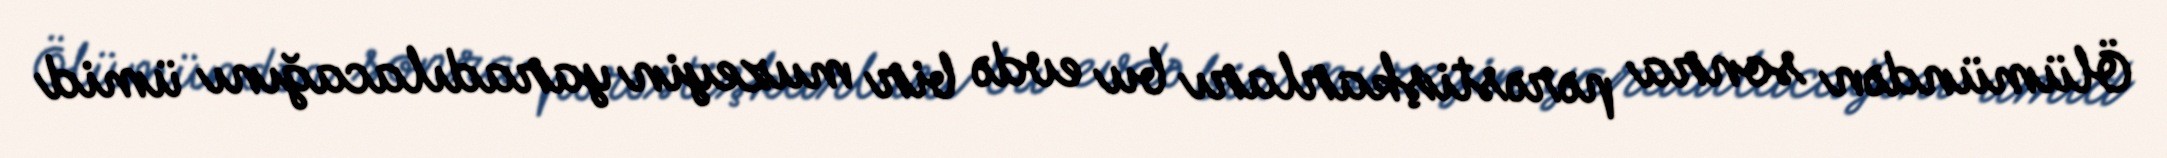
Ölümündən sonra pərəstişkarları bu evdə bir muzeyin yaradılacağını ümid